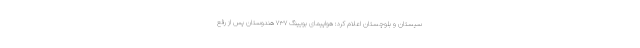
سیستان و بلوچستان اعلام کرد: هواپیمای بویینگ ۷۳۷ هندوستان پس از رفع